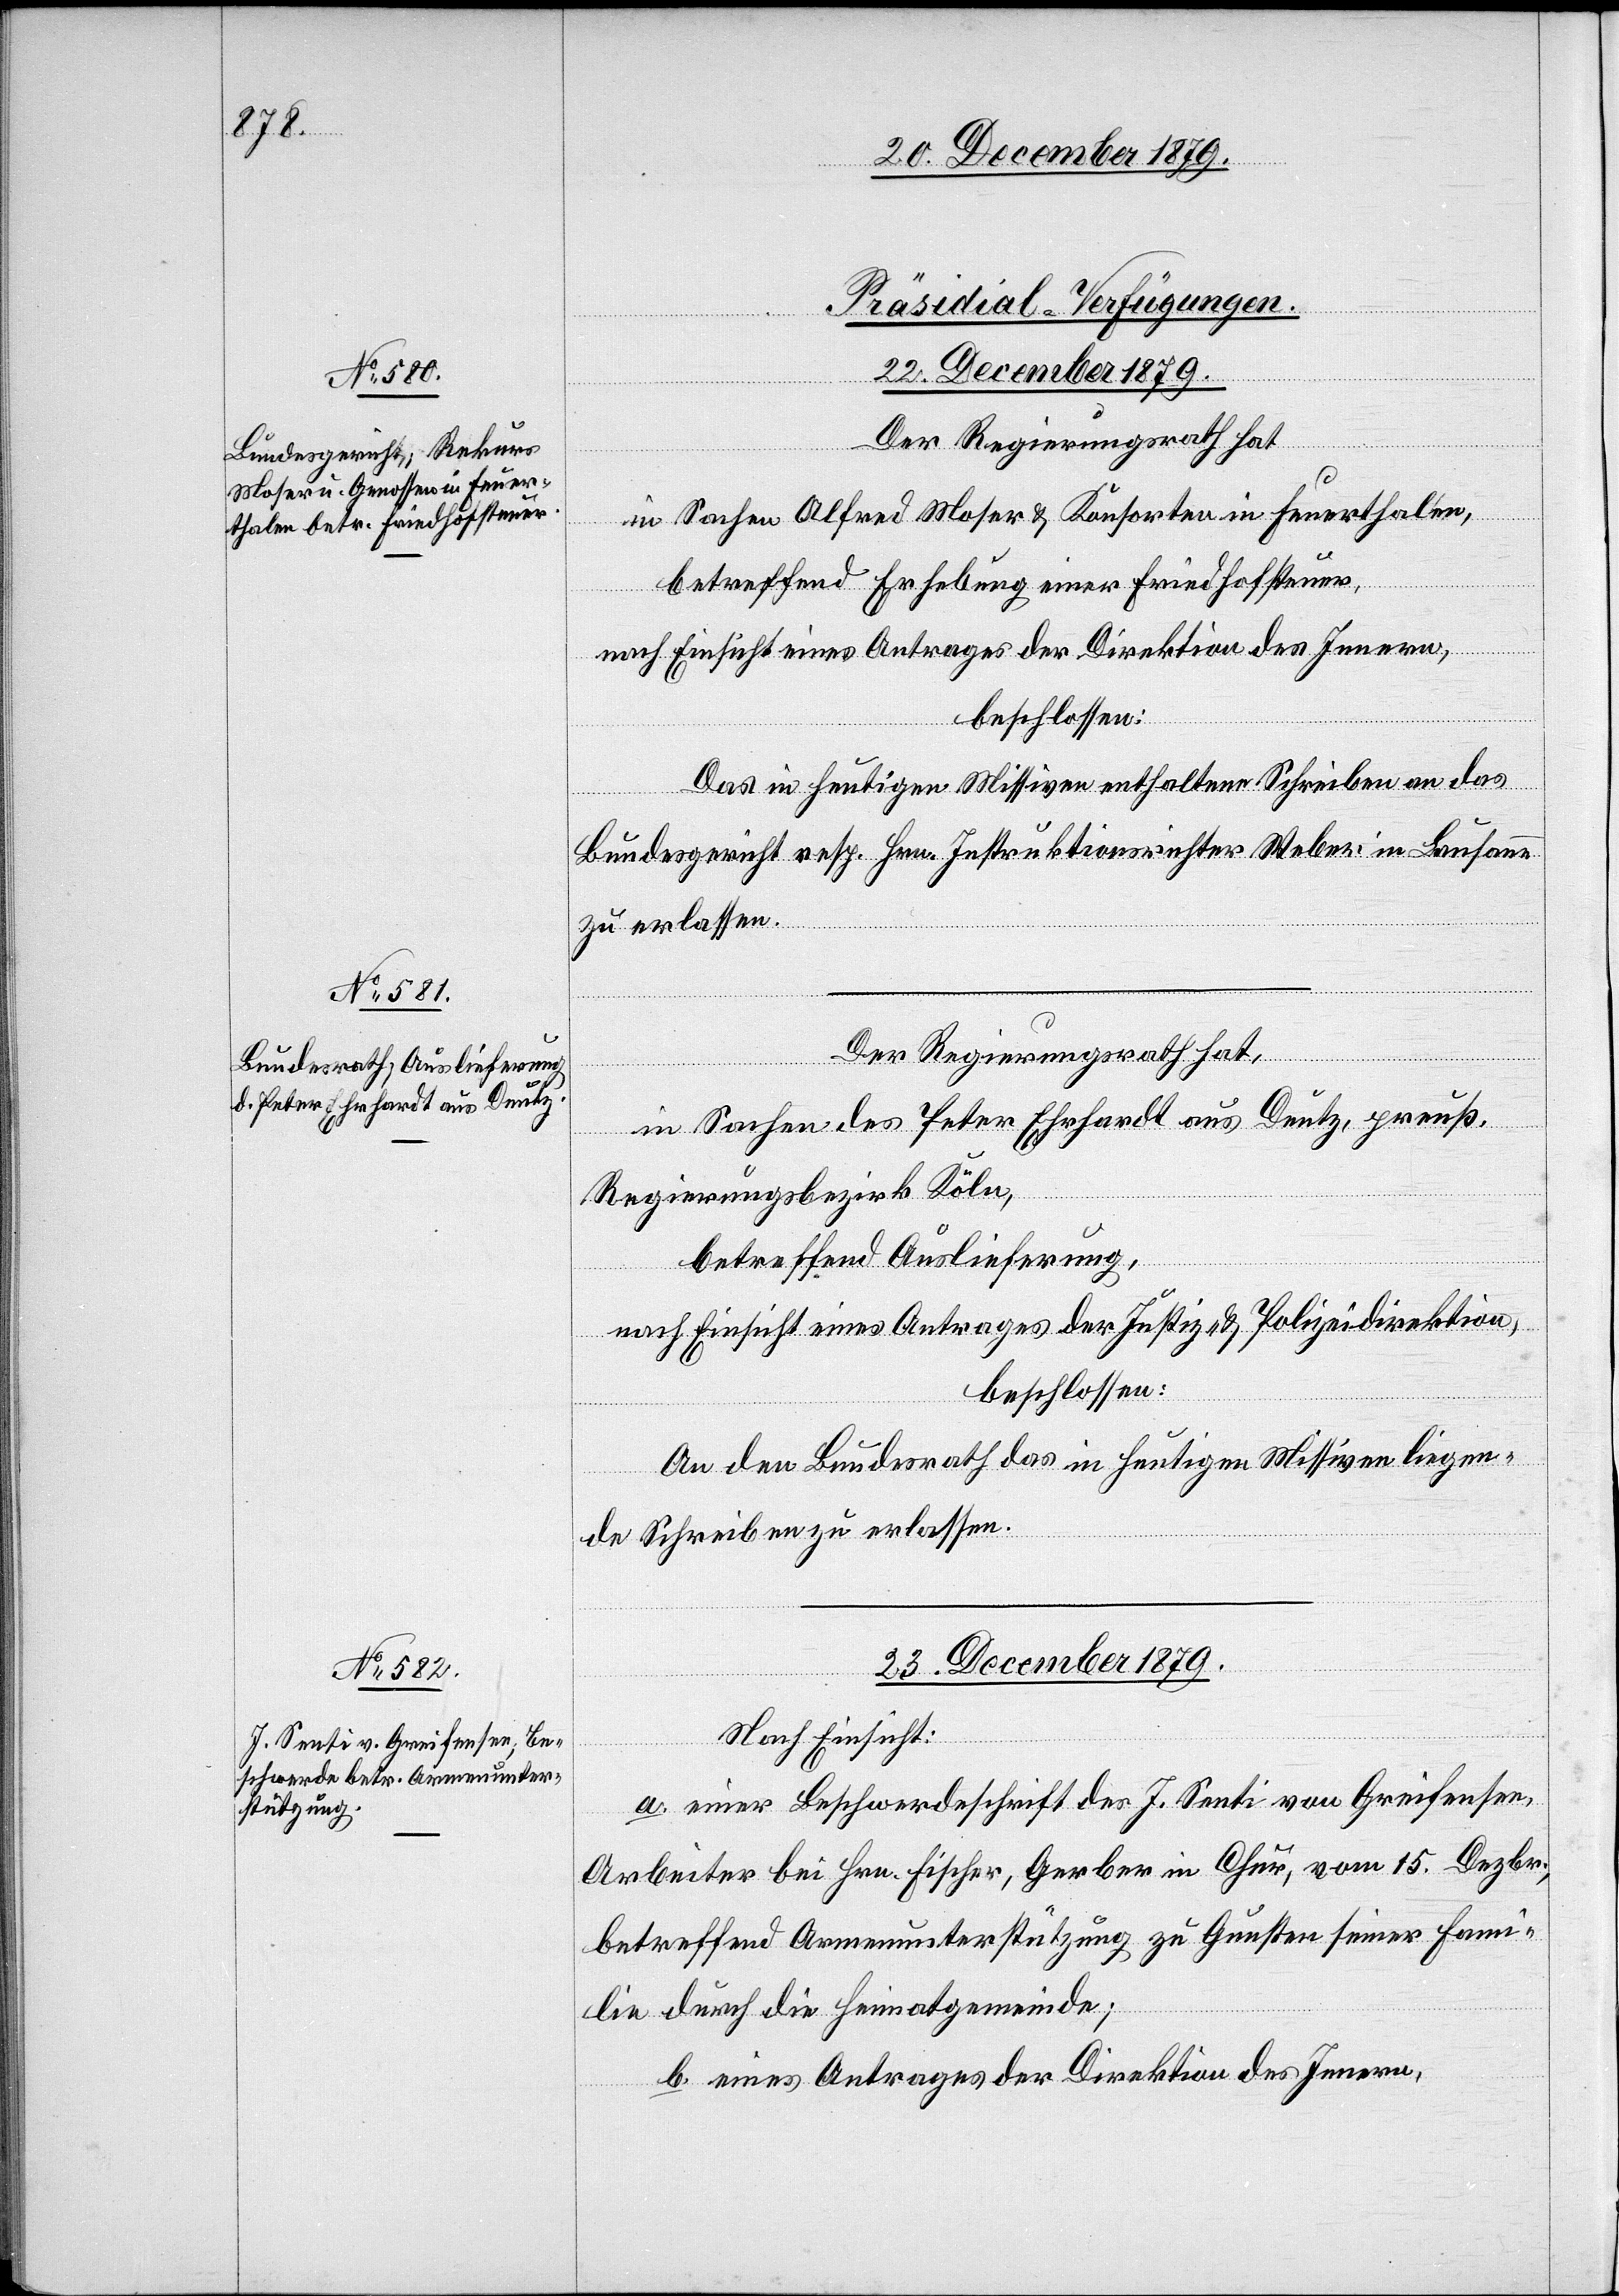
[Präsidial-Verfügungen.]
des
23. December 1879.
a.
in Sachen Alfred Moser & Konsorten in Feuerthalen,
betreffend Erhaltung einer Friedhofsteuer,
nach Einsicht eines Antrages der Direktion des Innern,
beschlossen:
Das in heutigen Missiven enthaltene Schreiben an das
Bundesgericht resp. Hrn. Instruktionsrichter Weber in Lausanne
zu erlassen.
Der Regierungsrath hat,
chwer¬
in Sachen des Peter Ehrhardt aus Deutz, preuß.
Regierungsbezirk Köln,
betreffend Auslieferung,
nach Einsicht eines Antrages der Justiz- & Polizeidirektion,
beschlossen:
An den Bundesrath das in heutigen Missiven liegen¬
de Schreiben zu erlassen.
Nach Einsicht:
J. Senti von Greifensee,
Arbeiter bei Hrn. Fischer, Gerber in Chur, vom 15. Dezbr.,
betreffend Armenunterstützung zu Gunsten seiner Fami¬
lie durch die Heimatgemeinde;
b. eines Antrages der Direktion des Innern,